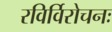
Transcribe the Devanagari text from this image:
रविर्विरोचनः